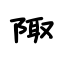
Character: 陬